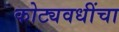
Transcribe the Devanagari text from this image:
कोट्यवधींचा